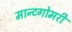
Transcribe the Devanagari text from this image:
मान्टगोमरी